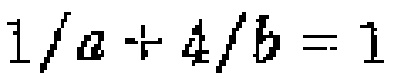
$\frac{1}{a}+\frac{4}{b}=1$